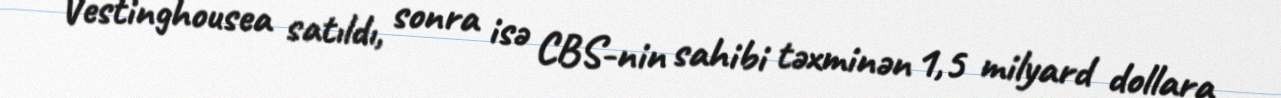
Vestinghousea satıldı, sonra isə CBS-nin sahibi təxminən 1,5 milyard dollara